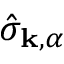
\hat { \sigma } _ { \mathbf { k } , \alpha }